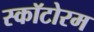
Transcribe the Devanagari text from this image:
स्कॉटोरम